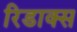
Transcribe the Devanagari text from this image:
रिडाक्स